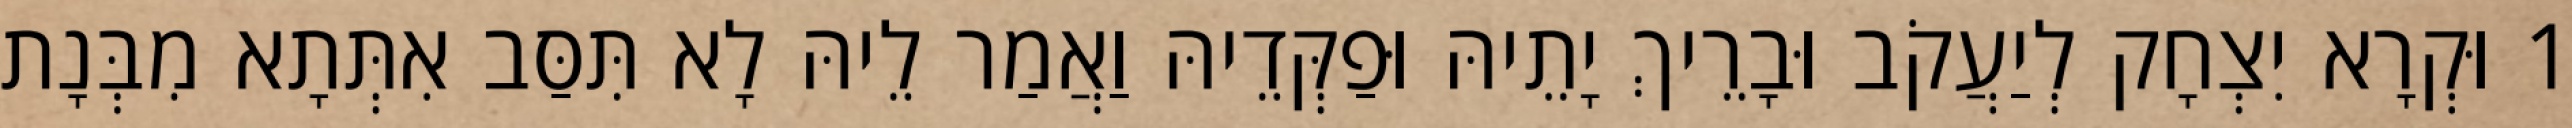
1 וּקְרָא יִצְחָק לְיַעֲקֹב וּבָרֵיךְ יָתֵיהּ וּפַקְּדֵיהּ וַאֲמַר לֵיהּ לָא תִּסַּב אִתְּתָא מִבְּנָת